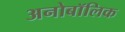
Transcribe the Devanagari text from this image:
अनोबॉलिक